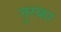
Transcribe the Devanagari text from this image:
तुरका